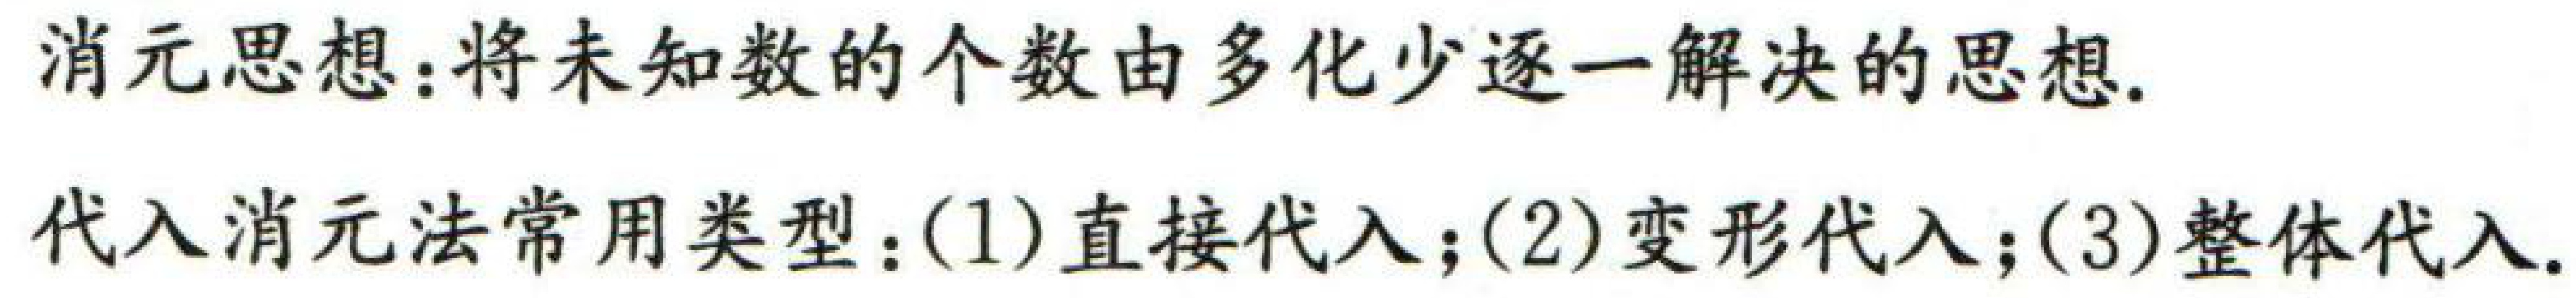
消元思想：将未知数的个数由多化少逐一解决的思想.
代入消元法常用类型：(1) 直接代入；(2) 变形代入；(3) 整体代入.